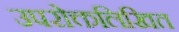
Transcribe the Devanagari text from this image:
उपरोक्तलिखित